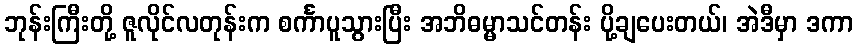
ဘုန်းကြီးတို့ ဇူလိုင်လတုန်းက စင်္ကာပူသွားပြီး အဘိဓမ္မာသင်တန်း ပို့ချပေးတယ်၊ အဲဒီမှာ ဒကာ